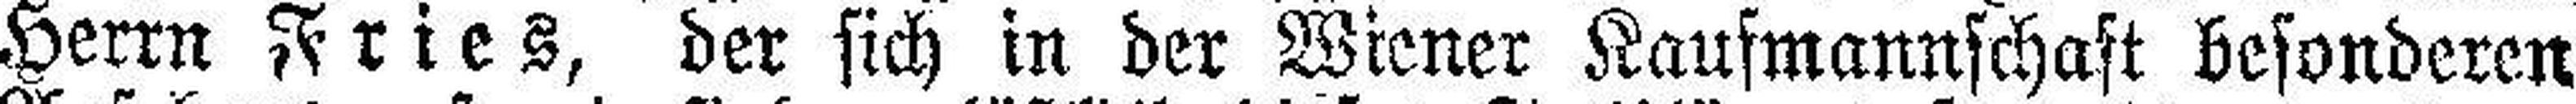
Herrn Fries, der sich in der Wiener Kaufmannschaft besonderen